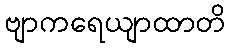
ဗျာကရေယျာထာတိ